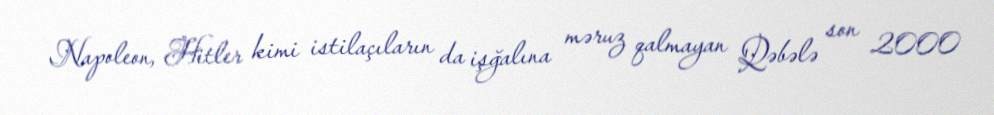
Napoleon, Hitler kimi istilaçıların da işğalına məruz qalmayan Qəbələ son 2000